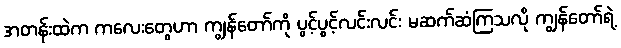
အတန်းထဲက ကလေးတွေဟာ ကျွန်တော်ကို ပွင့်ပွင့်လင်းလင်း မဆက်ဆံကြသလို ကျွန်တော်ရဲ့